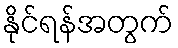
နိုင်ရန်အတွက်